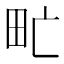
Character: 甿